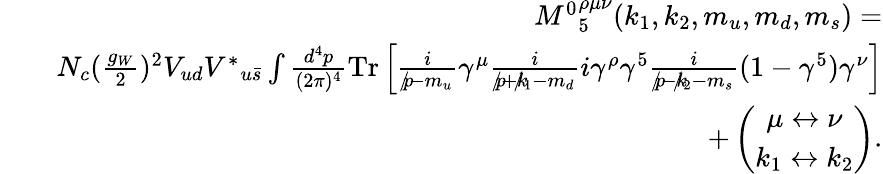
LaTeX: \begin{array}{rlr}&{}&{{M^{0}}_{5}^{\rho\mu\nu}(k_{1},k_{2},m_{u},m_{d},m_{s})=}\\ &{}&{N_{c}(\frac{g_{W}}{2})^{2}V_{ud}{V^{\ast}}_{u\bar{s}}\int\frac{d^{4}p}{(2\pi)^{4}}\mathrm{{Tr}}\left[\frac{i}{p\! \! \! /-m_{u}}\gamma^{\mu}\frac{i}{p\! \! \! /+k\! \! \! /_{1}-m_{d}}i\gamma^{\rho}\gamma^{5}\frac{i}{p\! \! \! /-k\! \! \! /_{2}-m_{s}}(1-\gamma^{5})\gamma^{\nu}\right]}\\ &{}&{+\left(\begin{array}{c}{\mu\leftrightarrow\nu}\\ {k_{1}\leftrightarrow k_{2}}\end{array}\right).}\end{array}